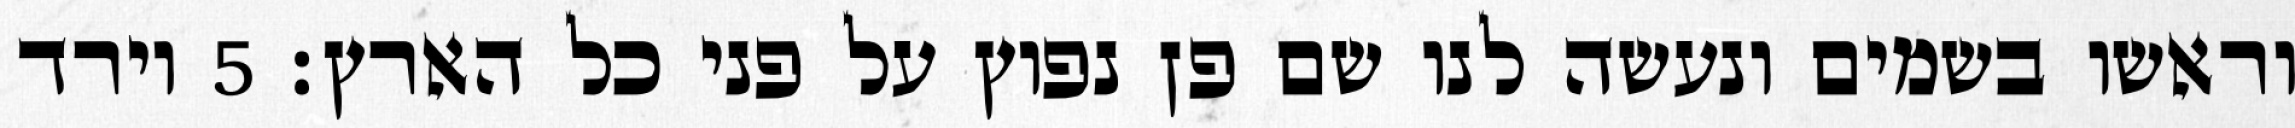
וראשו בשמים ונעשה לנו שם פן נפוץ על פני כל הארץ׃ ‎5‏ וירד